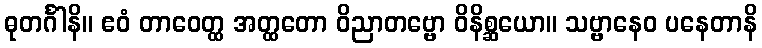
ဓုတင်္ဂါနိ။ ဧဝံ တာဝေတ္ထ အတ္ထတော ဝိညာတဗ္ဗော ဝိနိစ္ဆယော။ သဗ္ဗာနေဝ ပနေတာနိ